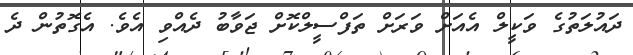
ދައުލަތުގެ ވަކީލް އެއަށް ވަރަށް ތަފްސީލްކޮށް ޖަވާބު ދެއްވި އެވެ. އެގޮތުން ދެ